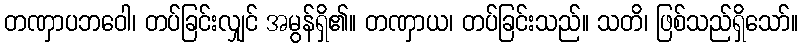
တဏှာပဘဝေါ၊ တပ်ခြင်းလျှင် အမွန်ရှိ၏။ တဏှာယ၊ တပ်ခြင်းသည်။ သတိ၊ ဖြစ်သည်ရှိသော်။